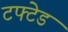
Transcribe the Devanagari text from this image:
टफ्टेड